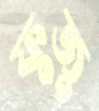
ফুজু